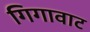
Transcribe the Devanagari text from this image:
गिगावाट